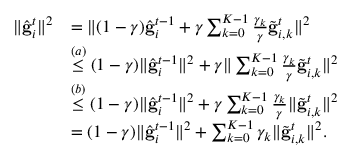
\begin{array} { r l } { \Vert \hat { \mathbf { g } } _ { i } ^ { t } \Vert ^ { 2 } } & { = \Vert ( 1 - \gamma ) \hat { \mathbf { g } } _ { i } ^ { t - 1 } + \gamma \sum _ { k = 0 } ^ { K - 1 } \frac { \gamma _ { k } } { \gamma } \tilde { \mathbf { g } } _ { i , k } ^ { t } \Vert ^ { 2 } } \\ & { \overset { ( a ) } { \leq } ( 1 - \gamma ) \Vert \hat { \mathbf { g } } _ { i } ^ { t - 1 } \Vert ^ { 2 } + \gamma \Vert \sum _ { k = 0 } ^ { K - 1 } \frac { \gamma _ { k } } { \gamma } \tilde { \mathbf { g } } _ { i , k } ^ { t } \Vert ^ { 2 } } \\ & { \overset { ( b ) } { \leq } ( 1 - \gamma ) \Vert \hat { \mathbf { g } } _ { i } ^ { t - 1 } \Vert ^ { 2 } + \gamma \sum _ { k = 0 } ^ { K - 1 } \frac { \gamma _ { k } } { \gamma } \Vert \tilde { \mathbf { g } } _ { i , k } ^ { t } \Vert ^ { 2 } } \\ & { = ( 1 - \gamma ) \Vert \hat { \mathbf { g } } _ { i } ^ { t - 1 } \Vert ^ { 2 } + \sum _ { k = 0 } ^ { K - 1 } \gamma _ { k } \Vert \tilde { \mathbf { g } } _ { i , k } ^ { t } \Vert ^ { 2 } . } \end{array}